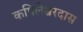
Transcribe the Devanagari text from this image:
कपिलेश्वरदास